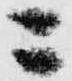
ニ